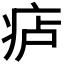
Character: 𪽮